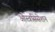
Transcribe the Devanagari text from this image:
ओस्त्रसिसेशन